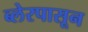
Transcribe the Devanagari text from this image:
ब्लेरपासून